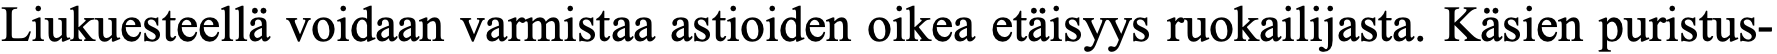
Liukuesteellä voidaan varmistaa astioiden oikea etäisyys ruokailijasta. Käsien puristus-